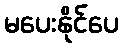
မပေးနိုင်ပေ